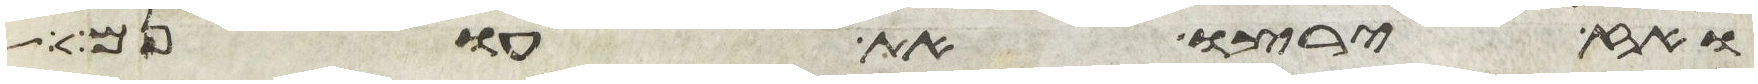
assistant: ואז ירצו את עונם